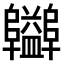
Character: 𨽪